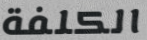
الكلفة